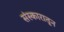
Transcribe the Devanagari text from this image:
संस्कारातून